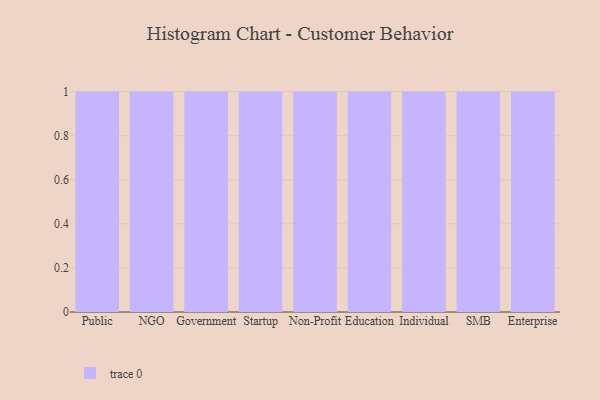
{"axis": {"x": "Segment", "y": "Satisfaction Score"}, "legend": [""], "data": [{"x": "Public", "y": 56, "type": ""}, {"x": "NGO", "y": 92, "type": ""}, {"x": "Government", "y": 95, "type": ""}, {"x": "Startup", "y": 82, "type": ""}, {"x": "Non-Profit", "y": 26, "type": ""}, {"x": "Education", "y": 62, "type": ""}, {"x": "Individual", "y": 82, "type": ""}, {"x": "SMB", "y": 27, "type": ""}, {"x": "Enterprise", "y": 19, "type": ""}]}